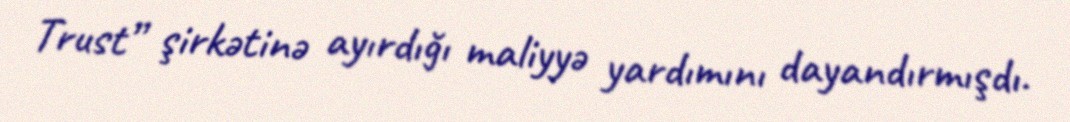
Trust” şirkətinə ayırdığı maliyyə yardımını dayandırmışdı.